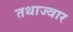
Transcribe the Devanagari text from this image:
तथाज्वार